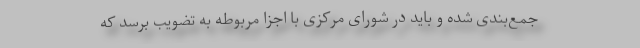
جمع‌بندی شده و باید در شورای مرکزی با اجزا مربوطه به تضویب برسد که